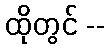
ထိုတွင် --